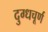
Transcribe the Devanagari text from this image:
दुग्धचूर्ण